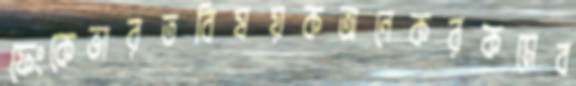
ফেংকেভারতবিষয়কঅনেকরকমেব